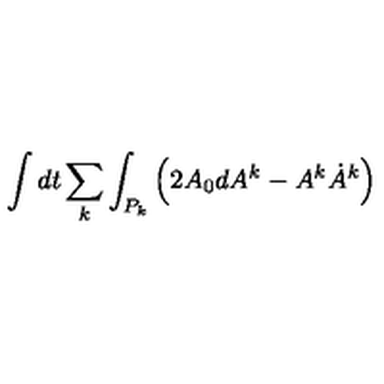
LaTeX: \int d t \sum _ { k } \int _ { P _ { k } } \left( 2 A _ { 0 } d A ^ { k } - A ^ { k } \dot { A } ^ { k } \right)